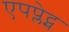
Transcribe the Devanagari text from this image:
एपप्लेट्स